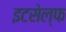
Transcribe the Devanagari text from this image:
इटसेल्फ